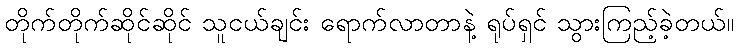
တိုက်တိုက်ဆိုင်ဆိုင် သူငယ်ချင်း ရောက်လာတာနဲ့ ရုပ်ရှင် သွားကြည့်ခဲ့တယ်။